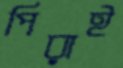
পিরাই